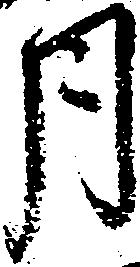
月